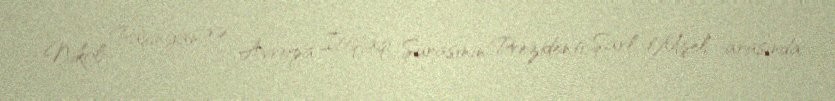
Nikol Paşinyan və Avropa İttifaqı Şurasının Prezidenti Şarl Mişel arasında